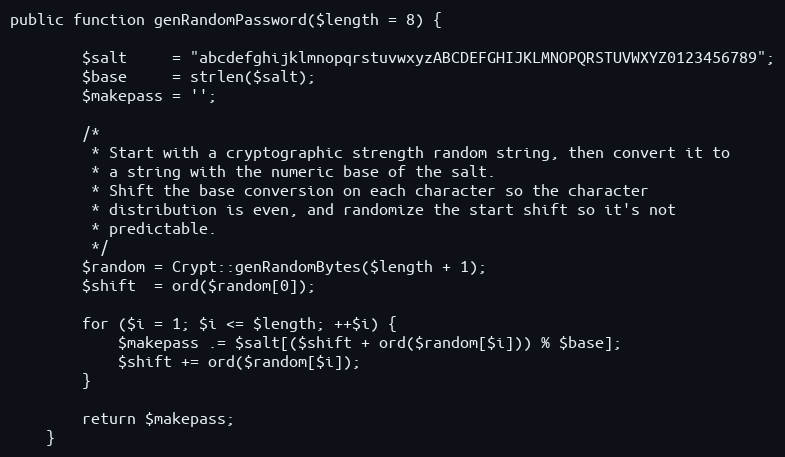
Language: PHP
public function genRandomPassword($length = 8) {

        $salt     = "abcdefghijklmnopqrstuvwxyzABCDEFGHIJKLMNOPQRSTUVWXYZ0123456789";
        $base     = strlen($salt);
        $makepass = '';

        /*
         * Start with a cryptographic strength random string, then convert it to
         * a string with the numeric base of the salt.
         * Shift the base conversion on each character so the character
         * distribution is even, and randomize the start shift so it's not
         * predictable.
         */
        $random = Crypt::genRandomBytes($length + 1);
        $shift  = ord($random[0]);

        for ($i = 1; $i <= $length; ++$i) {
            $makepass .= $salt[($shift + ord($random[$i])) % $base];
            $shift += ord($random[$i]);
        }

        return $makepass;
    }